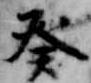
癸